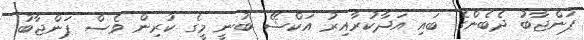
ޕަންޖާބު ދެބެންގެ ބައި އަދާކުރާއިރު އަކްޝޭ ބުނީ މީގެ ކުރިން ވެސް ޕަންޖާބު